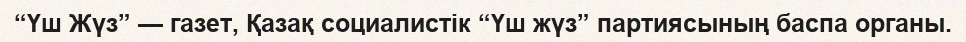
“Үш Жүз” — газет, Қазақ социалистік “Үш жүз” партиясының баспа органы.